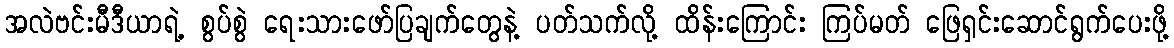
အလဲဗင်းမီဒီယာရဲ့ စွပ်စွဲ ရေးသားဖော်ပြချက်တွေနဲ့ ပတ်သက်လို့ ထိန်းကြောင်း ကြပ်မတ် ဖြေရှင်းဆောင်ရွက်ပေးဖို့